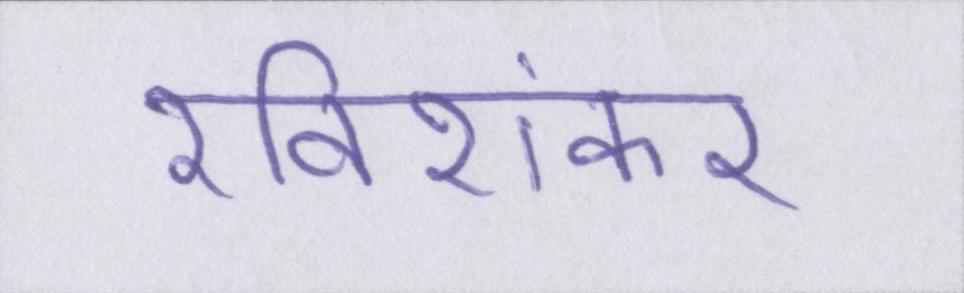
रविशंकर